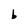
Character: b